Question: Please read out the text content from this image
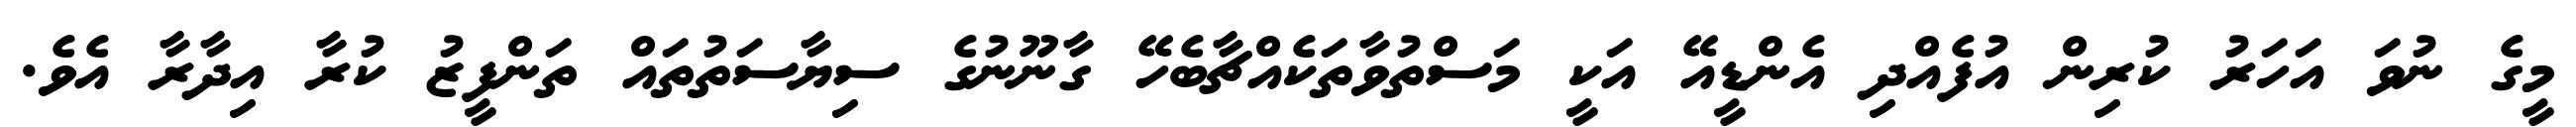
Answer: މީގެ ނުވަ އަހަރު ކުރިން އުފެއްދި އެންޑީއޭ އަކީ މަސްތުވާތަކެއްޗާބެހޭ ގާނޫނުގެ ސިޔާސަތުތައް ތަންފީޒު ކުރާ އިދާރާ އެވެ.